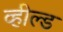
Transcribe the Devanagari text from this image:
व्हील्ड